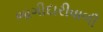
ભાગીદારીવાળી